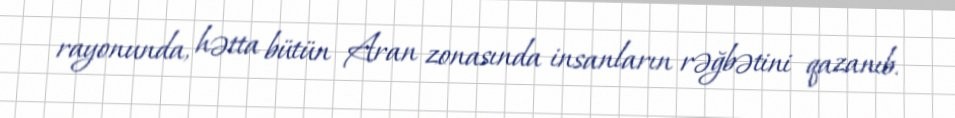
rayonunda, hətta bütün Aran zonasında insanların rəğbətini qazanıb.